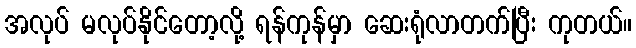
အလုပ် မလုပ်နိုင်တော့လို့ ရန်ကုန်မှာ ဆေးရုံလာတက်ပြီး ကုတယ်။